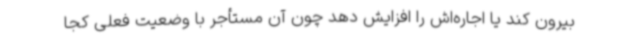
بیرون کند یا اجاره‌اش را افزایش دهد چون آن مستأجر با وضعیت فعلی کجا